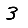
Digit: 3